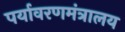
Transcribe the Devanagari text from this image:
पर्यावरणमंत्रालय